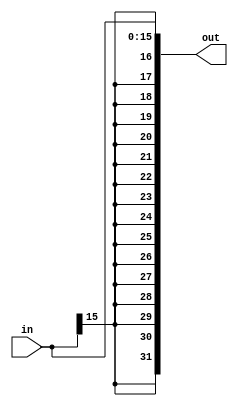
module SignExtend (
  input  signed [15:0]  in,
  output signed [31:0] out
);

  assign out = { {16{in[15]}}, in };
endmodule